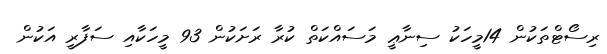
ރިސޯޓްތަކުން 14މީހަކު ސިނާޢީ މަސައްކަތް ކުރާ ރަށަަކުން 93 މީހަކާއި ސަފާރީ އަކުން